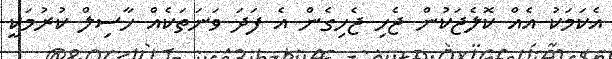
އެކަމަކު އެއް ކޮލެޖަކުން ޖެހި ޖެހިގެން އެ ފަދަ ވަނަތަކެއް ހާސިލް ކުރުމަކީ